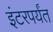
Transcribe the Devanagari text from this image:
इंटरपर्यंत